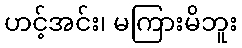
ဟင့်အင်း၊ မကြားမိဘူး